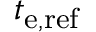
t _ { \mathrm { e , r e f } }